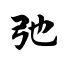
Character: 弛